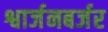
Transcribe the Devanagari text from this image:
श्वार्जनबर्जर